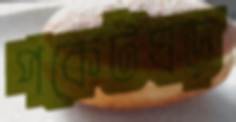
পকেটঘড়